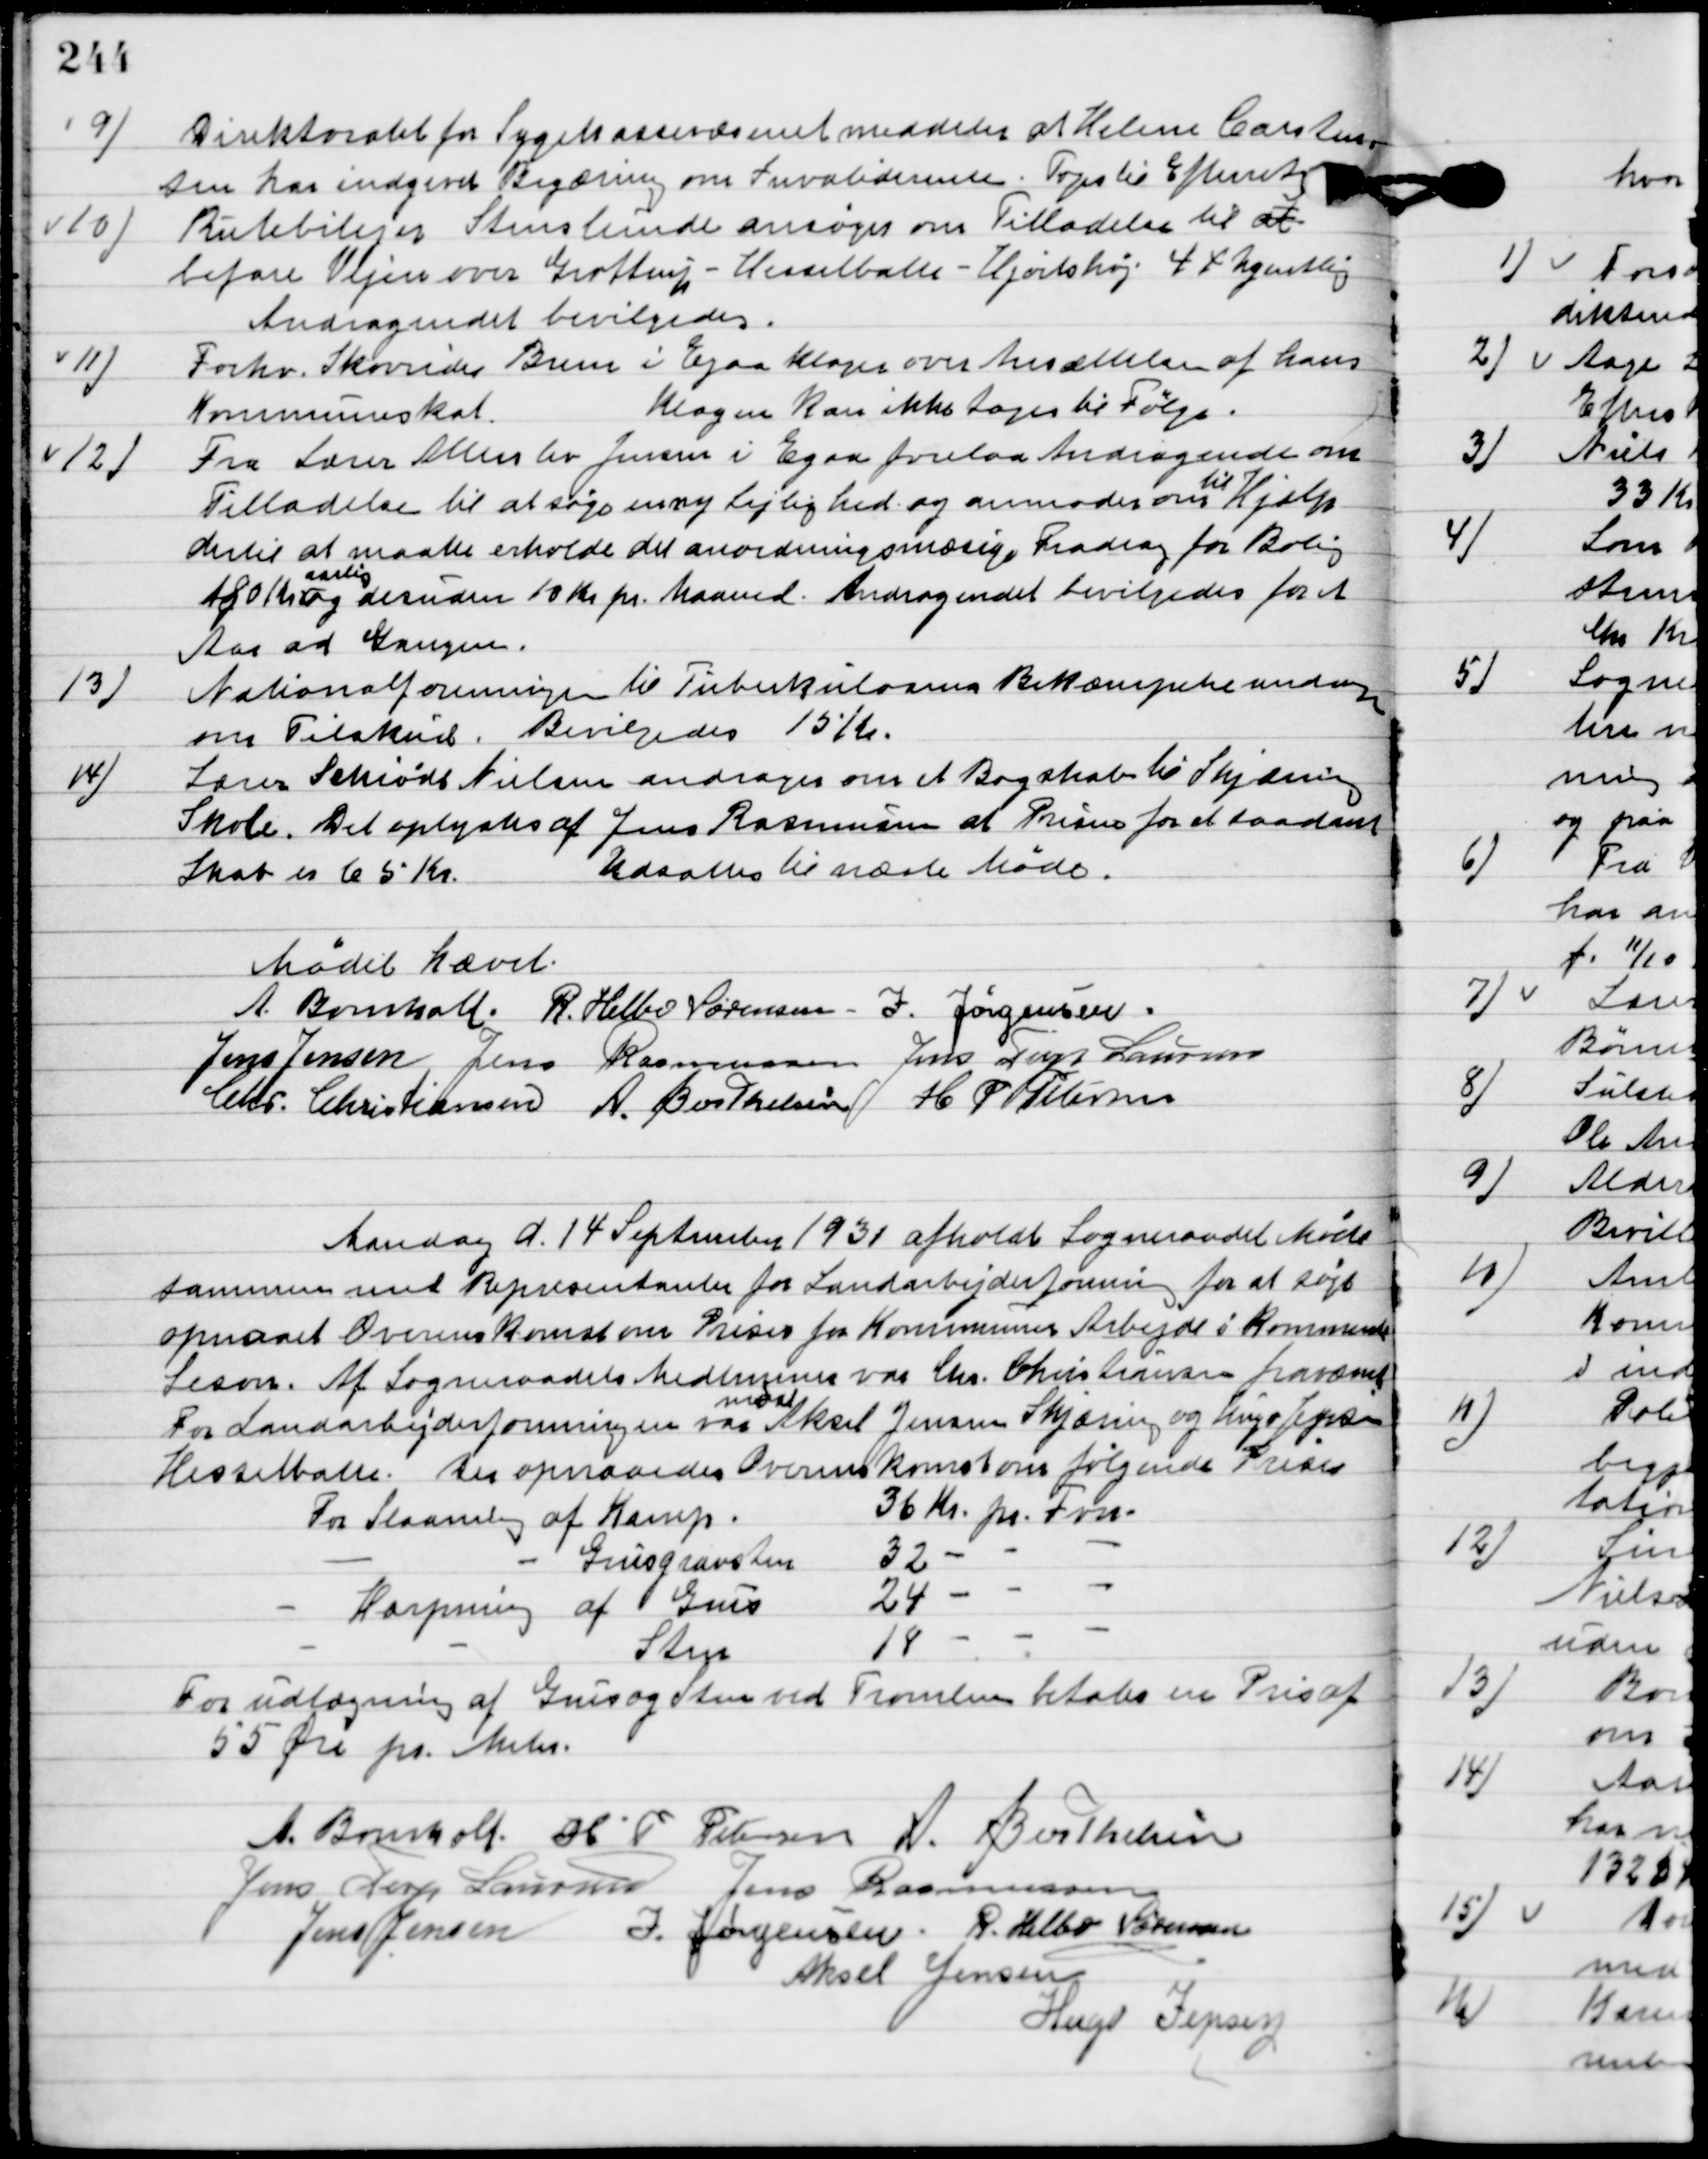
Transskription:
9

Direktoratet for Sygekassevæsenet meddeler at Helene Carstensen
har indgivet Begæring om Invalide rente.
Toges til Efterretning.

10

Rutebilejer Stenslunde ansøger om tilladelse til at
befare Vejene over Gottrup-Hesselballe-Hjortshøj 4 * Ugentlig.
Andragendet bevilgedes.

11

Forhv. Skovrider Brun i Egaa klager over ansættelsen af hans
Kommuneskat.
Klagen kan ikke tages til følge.

12

Fra Lærer Aldersbo Jensen i Egaa forelaa Andragende om
  tilladelse til at søge en ny lejlighed og anmoder om til Hjælp
dertil at maatte erholde det anordningsmæssig Fradrag for Bolig
180 Kr.
aarlig
og desuden 10 Kr. pr. Maaned. Andragendet bevilgedes for et
 Aar ad Gangen.

13

Nationalforeningen til Tuberkulose Bekæmpelse andrager
om tilskud.

14

Lærer Schiødt Nielsen andrager om et Bogskab til Skjæring
Skole. Det oplystes af Jens Rasmussen at Prisen for et saadant
Skab er 65 Kr.
Udsattes til næste møde.

Mødet hævet.

A. Bomholt
R. Helbo Sørensen
I. Jørgensen
Jens Jensen
Jens Rasmussen
Jens Terp Laursen
Chr. Christiansen
A. Berthelsen
H. P. Petersen

Mandag d. 14. September 1931 afholdt Sogneraadet Møde
sammen med Repræsentanter for Landarbejderforeningen for at søge
opnaaet Overenskomst om Prisen for Kommunens Arbejde i Kommende
Seson.  Af sogneraaders medlemmer var Chr. Christiansen fraværende.
For Landarbejderforeningen var
mødt
Aksel Jensen Skjæring og Hugo Jepsen
Hesselballe. Der opnaaedes Overenskomsten om følgende Priser:
For Stenslaaning af Kamp. 			36 Kr. pr. Fvn.
	-			- 				Grusgrav sten 32	-	-		-
	-		Harpning af Grus 				24	-	-		-
	-			-	  		- 	Sten					 18	-	- 		-
For udlægning af Grus og Sten ved Tromlen betales en Pris af
 55 Øre pr. Meter.

A. Bomholt
H. P. Petersen
A. Berthelsen
Jens Terp Laursen
Jens Rasmussen
Jens Jensen
I. Jørgensen
R. Helbo Sørensen
Aksel Jensen
Hugo Jepsen